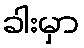
ခါးမှာ